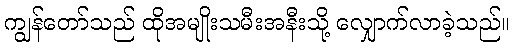
ကျွန်တော်သည် ထိုအမျိုးသမီးအနီးသို့ လျှောက်လာခဲ့သည်။